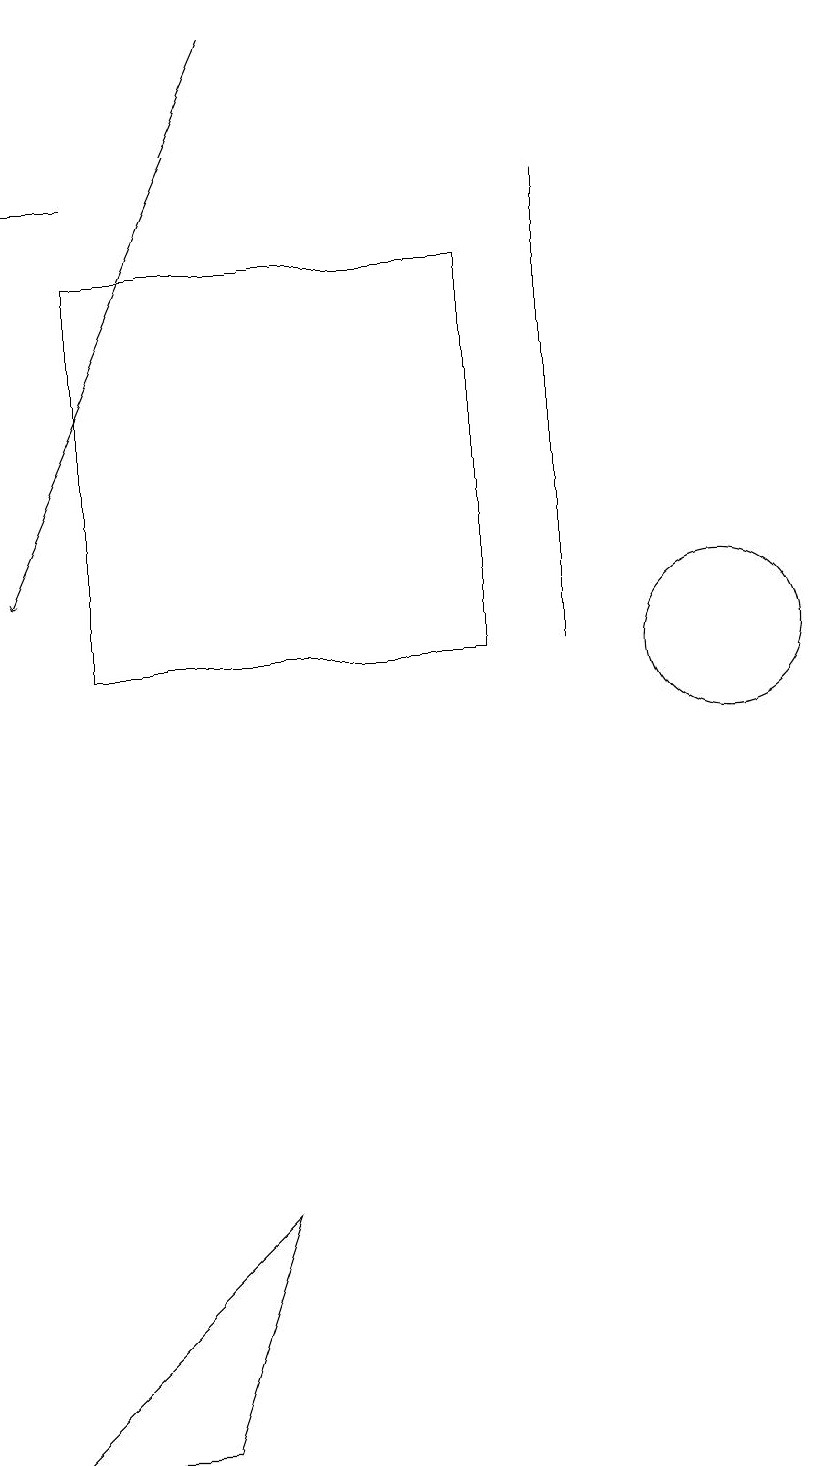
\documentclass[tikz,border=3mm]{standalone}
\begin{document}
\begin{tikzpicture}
\draw (4,4) -- (1,1) -- (3,1) -- cycle;
\draw[->] (4,19) -- (1,12);
\draw (7,11) rectangle (2,16);
\draw (8,17) rectangle (8,11);
\draw (1,17) rectangle (2,17);
\draw (10,11) circle (1);
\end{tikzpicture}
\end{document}